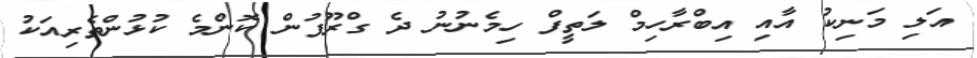
އަލި މަނިކު އާއި އިބްރާހިމް ލަތީފް ހިމެނުނު ދެ ގްރޫޕުން ކޮންމެ ކުޅުންތެރިއަކު